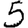
Digit: 5